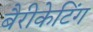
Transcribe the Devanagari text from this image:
बैरीकेटिंग